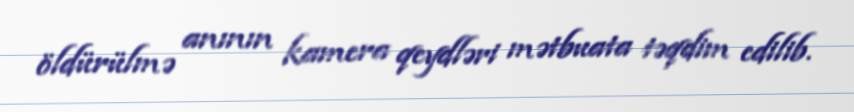
öldürülmə anının kamera qeydləri mətbuata təqdim edilib.